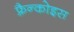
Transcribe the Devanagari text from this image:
फ़्रैन्कोइस